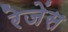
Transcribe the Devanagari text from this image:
रेजेंस